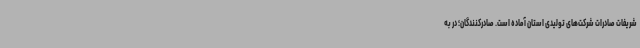
شریفات صادرات شرکت‌های تولیدی استان آماده است. صادرکنندگان؛ در به